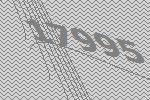
17995